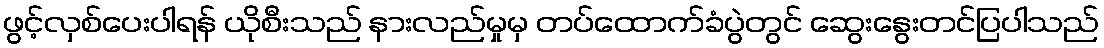
ဖွင့်လှစ်ပေးပါရန် ယိုစီးသည် နားလည်မှုမှ တပ်ထောက်ခံပွဲတွင် ဆွေးနွေးတင်ပြပါသည်